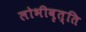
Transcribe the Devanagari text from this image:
लोभीवृत्ति